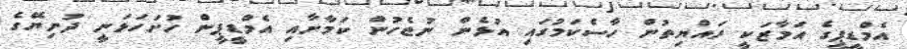
އެމްޑީޕީގެ އަމާޒަކީ ރައްޔިތުން ހާސްކަމުގައި އުޅެން ނުޖެހުން ކަމާށާއި އެމްޑީޕީން ހުށަހަޅަނީ ދުނިޔޭގެ